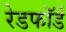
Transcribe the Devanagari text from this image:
रेडफाॅर्ड